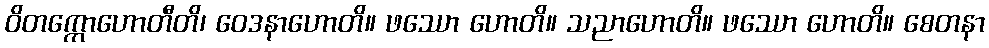
ဝိတက္ကောဟောတီတိ၊ ဝေဒနာဟောတိ။ ဖဿော ဟောတိ။ သညာဟောတိ။ ဖဿော ဟောတိ။ စေတနာ